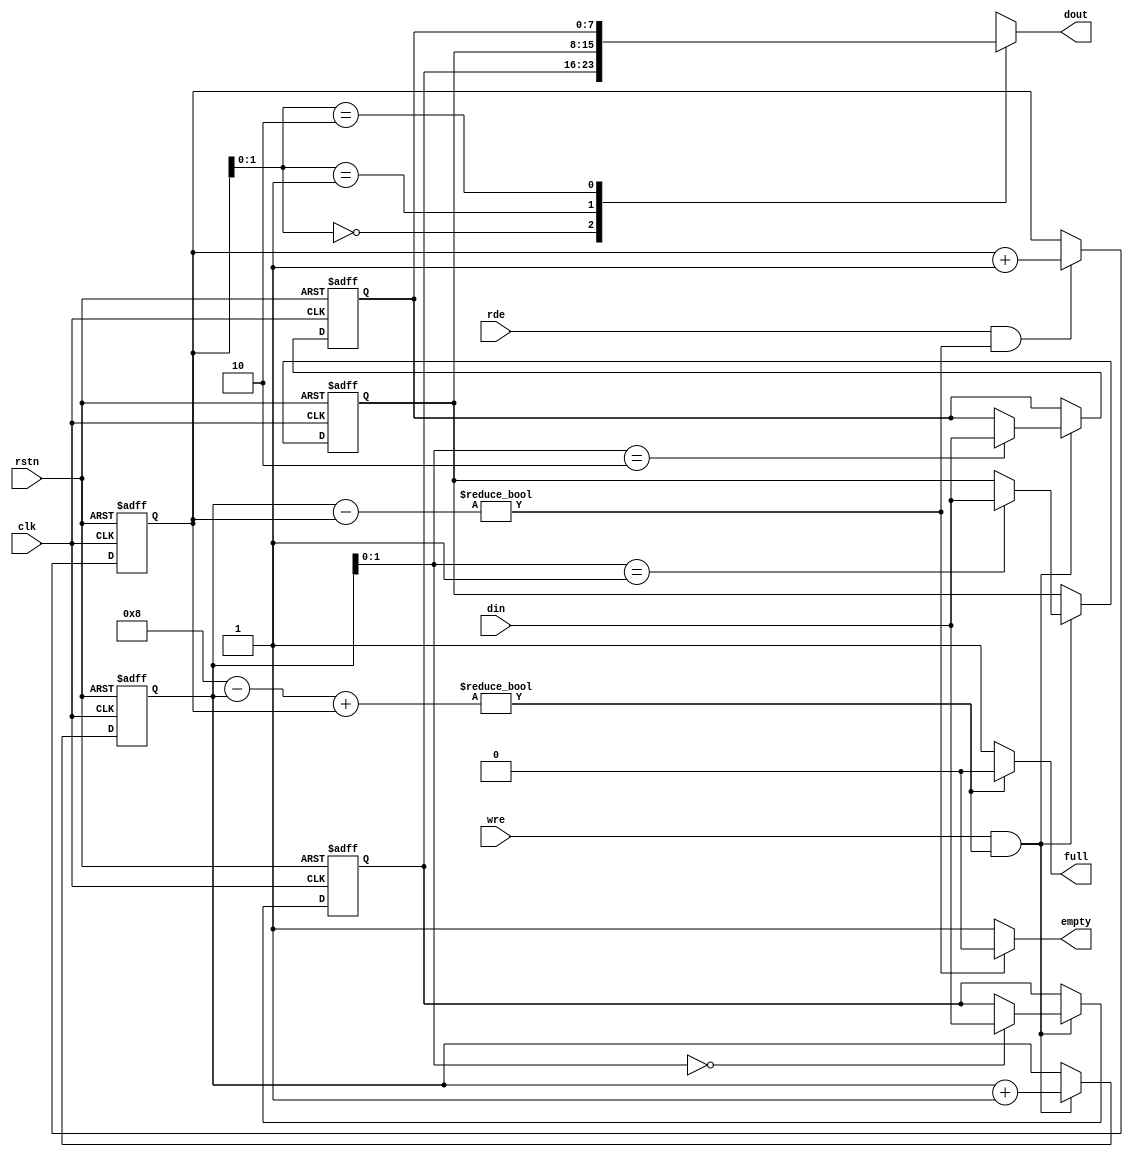
`timescale  1ns / 1ps  
module fifo_sync (
  input  wire clk,
  input  wire rstn,
  input  wire wre,
  input  wire rde,
  input  wire [7:0]din,
  output wire [7:0]dout,
  output wire full,
  output wire empty
);
parameter FIFO_DEPTH = 4'd3;
/*3bit Addr Extend 1 bit For Direction*/
reg [FIFO_DEPTH:0]wpt;
reg [FIFO_DEPTH:0]rpt;
reg [FIFO_DEPTH:0]read_gap;
reg [FIFO_DEPTH:0]write_gap;
reg [7:0]mem[FIFO_DEPTH - 1:0];

integer i;
always @(posedge clk or negedge rstn) begin
  if(!rstn) begin
    for (i = 0;i < (1 << FIFO_DEPTH);i = i+1 ) begin
      mem[i] <= 8'b0;
    end
  end else if(wre & ~full) begin
    mem[wpt] <= din;
  end
end
/* write Addr pointer  */
always @(posedge clk or negedge rstn) begin
  if(!rstn)begin
    wpt <= {FIFO_DEPTH{1'b0}};
  end else begin
    if(wre & ~full)
      wpt <= wpt + 1'b1;
  end
end
/* Read Addr pointer */
always @(posedge clk or negedge rstn) begin
  if(!rstn)begin
    rpt <= {FIFO_DEPTH{1'b0}};
  end else begin
    if(rde & ~empty)
      rpt <= rpt + 1'b1;
  end
end
/* output data */
assign dout = mem[rpt[FIFO_DEPTH - 1:0]];


/* Cal Gap  */
always @(*) begin
  read_gap = wpt - rpt;
end

always @(*) begin
  write_gap =  (1 << (FIFO_DEPTH)) - wpt + rpt;
end

assign full = (write_gap)?(1'b0):(1'b1);
assign empty = (read_gap)?(1'b0):(1'b1);

endmodule